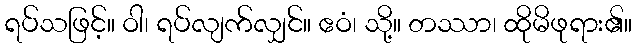
ရပ်သဖြင့်။ ဝါ၊ ရပ်လျက်လျှင်။ ဧဝံ၊ သို့။ တဿာ၊ ထိုမိဖုရား၏။